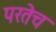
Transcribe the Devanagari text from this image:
परतेच